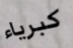
كبرياء